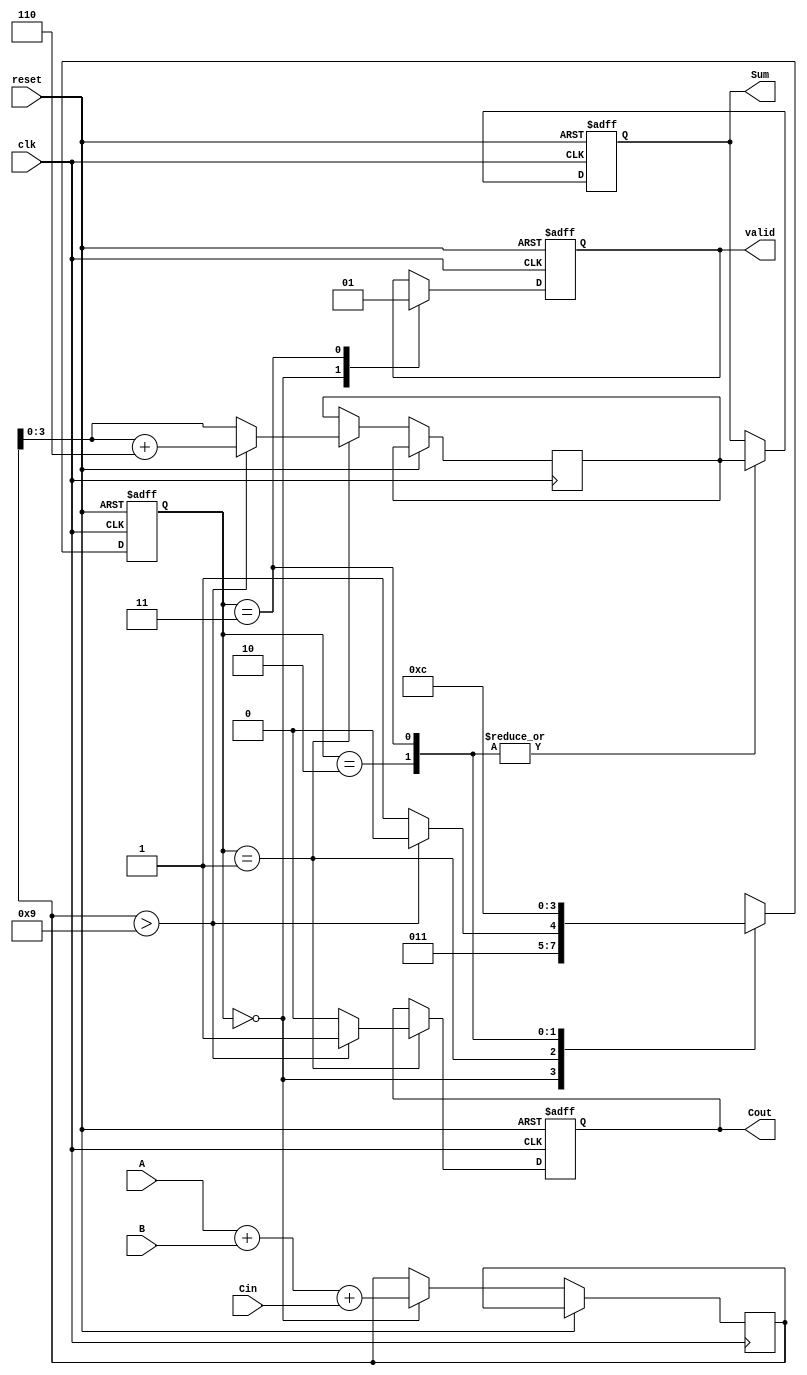
module BCD_Sequential_Adder (
    input wire [3:0] A,      // BCD digit A
    input wire [3:0] B,      // BCD digit B
    input wire Cin,          // Carry-in
    input wire clk,          // Clock signal
    input wire reset,        // Reset signal
    output reg [3:0] Sum,    // BCD result
    output reg Cout,         // Carry-out
    output reg valid         // Valid output signal
);

    // Internal signals
    reg [4:0] temp_sum;      // To hold the sum of A, B, and Cin
    reg [1:0] state;         // State register
    reg [3:0] corrected_sum; // Corrected BCD sum

    // State encoding
    localparam IDLE = 2'b00;
    localparam ADD = 2'b01;
    localparam CORRECT = 2'b10;
    localparam DONE = 2'b11;

    // Sequential logic
    always @(posedge clk or posedge reset) begin
        if (reset) begin
            Sum <= 4'b0000;
            Cout <= 1'b0;
            valid <= 1'b0;
            state <= IDLE;
        end else begin
            case (state)
                IDLE: begin
                    // Prepare for addition
                    temp_sum <= A + B + Cin; // Calculate initial sum
                    state <= ADD;
                    valid <= 1'b0; // Not valid yet
                end

                ADD: begin
                    // Check for BCD correction
                    if (temp_sum > 9) begin
                        corrected_sum <= temp_sum + 5'b00110; // Add 6 for BCD correction
                        Cout <= 1'b1; // Set carry-out
                        state <= CORRECT;
                    end else begin
                        corrected_sum <= temp_sum; // No correction needed
                        Cout <= 1'b0; // No carry-out
                        state <= DONE;
                    end
                end

                CORRECT: begin
                    // Assign corrected sum to Sum
                    Sum <= corrected_sum[3:0]; // Store only lower 4 bits
                    state <= DONE;
                end

                DONE: begin
                    // Finalize output
                    Sum <= corrected_sum[3:0]; // Final BCD result
                    valid <= 1'b1; // Indicate result is valid
                    state <= IDLE; // Go back to IDLE for the next operation
                end

                default: state <= IDLE; // Default case to avoid latches
            endcase
        end
    end
endmodule